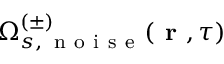
\Omega _ { s , \, \mathrm { ~ n ~ o ~ i ~ s ~ e ~ } } ^ { ( \pm ) } ( \textbf { r } , \tau )